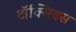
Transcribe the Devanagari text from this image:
टॉक्सिक्स